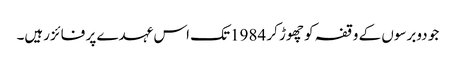
جو دوبرسوں کے وقفہ کو چھوڑ کر 1984تک اس عہدے پر فائزرہیں۔